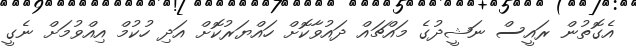
އެގޮތުން ރައީސް ނަޝީދުގެ މައްޗައް ދައުވާކޮށް ހައްޔަރުކޮށް އަދި ހުކުމް އިއްވުމަށް ނެގީ